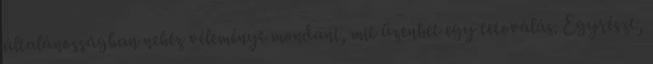
általánosságban nehéz véleményt mondani, mit üzenhet egy tetoválás. Egyrészt,